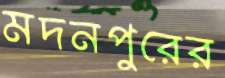
মদনপুরের